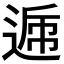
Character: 𨔄